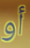
أو